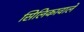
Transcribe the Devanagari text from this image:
सिलिकावाले